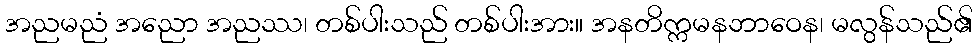
အညမညံ အညော အညဿ၊ တစ်ပါးသည် တစ်ပါးအား။ အနတိက္ကမနဘာဝေန၊ မလွန်သည်၏